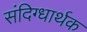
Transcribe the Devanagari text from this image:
संदिग्धार्थक